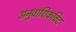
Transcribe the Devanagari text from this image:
अनुवांशिकविद